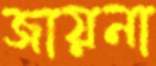
জায়না